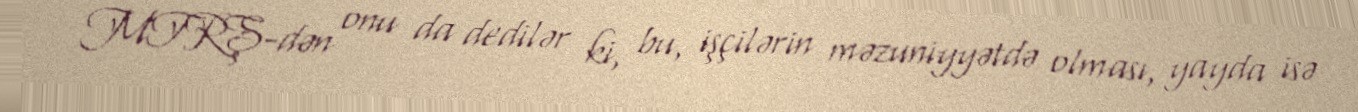
MTRŞ-dən onu da dedilər ki, bu, işçilərin məzuniyyətdə olması, yayda isə